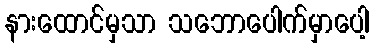
နားထောင်မှသာ သဘောပေါက်မှာပေါ့